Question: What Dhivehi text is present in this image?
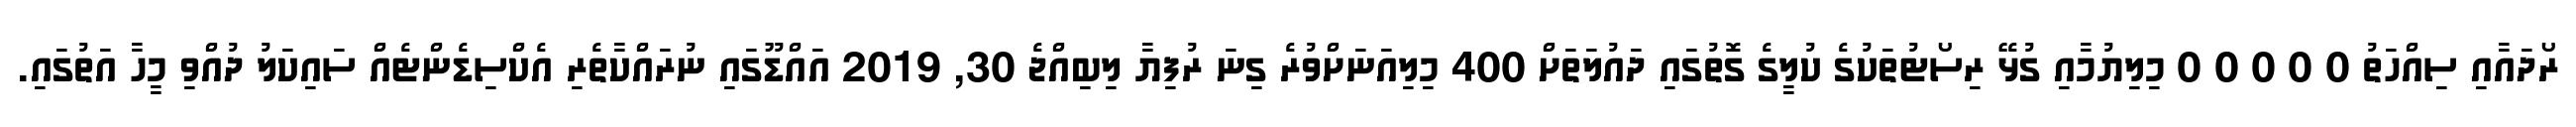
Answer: ރޯދައާއި ސިއްހަތު 0 0 0 0 0 މިލިޔުމާއި ގުޅޭ ރިސޯޓުތަކުގެ ކުލީގެ ގޮތުގައި ދައުލަތަށް 400 މިލިއަނަށްވުރެ ގިނަ ރުފިޔާ ލިބިއްޖެ 30, 2019 އައްޑޫގައި ނުރައްކާތެރި އެކްސިޑެންޓެއް ސައިކަލު ދުއްވި މީހާ އަތުގައި.